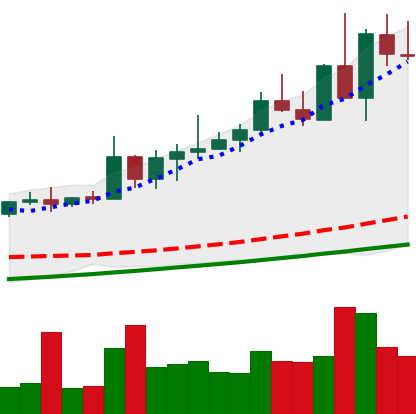
Ticker: NEO-USD
Chart end date: 2020-08-24
Forward return: 17.337%
Label: up_7plus